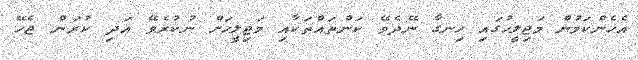
އެހެންކަމުން މަޖިލީހުގައި ހިނގާ ނޭދެވޭ ކަންތައްތަކާއި މަޖިލީހަށް ނުކުރެވޭ އަދި ކުރަން ޖެހޭ